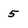
Character: 5